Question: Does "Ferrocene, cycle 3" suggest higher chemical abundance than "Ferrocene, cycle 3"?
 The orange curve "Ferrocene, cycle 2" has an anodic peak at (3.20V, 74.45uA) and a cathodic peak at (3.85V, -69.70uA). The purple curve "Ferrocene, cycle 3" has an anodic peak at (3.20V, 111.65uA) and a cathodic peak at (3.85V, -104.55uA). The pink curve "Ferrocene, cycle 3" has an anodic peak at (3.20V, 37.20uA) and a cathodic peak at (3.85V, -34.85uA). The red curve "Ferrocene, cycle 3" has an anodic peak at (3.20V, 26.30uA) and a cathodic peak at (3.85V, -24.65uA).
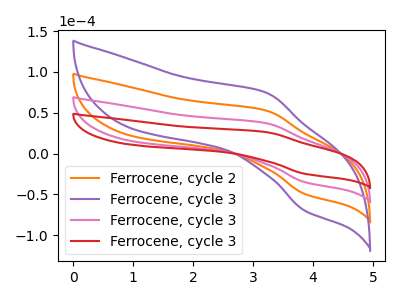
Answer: <think>All the peaks in "Ferrocene, cycle 3" have a peak in "Ferrocene, cycle 3" at the same potential. Every peak in "Ferrocene, cycle 3" is lower than every peak in "Ferrocene, cycle 3".
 </think>
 <answer>"Ferrocene, cycle 3" has less signal than "Ferrocene, cycle 3".</answer>
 <eval>less_signal</eval>